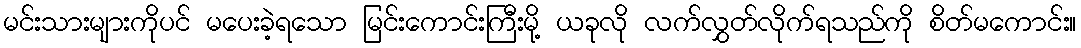
မင်းသားများကိုပင် မပေးခဲ့ရသော မြင်းကောင်းကြီးမို့ ယခုလို လက်လွှတ်လိုက်ရသည်ကို စိတ်မကောင်း။